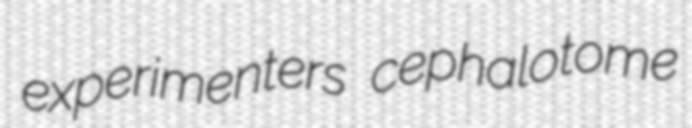
experimenters cephalotome